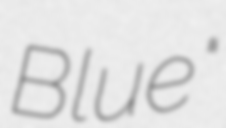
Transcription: Blue"